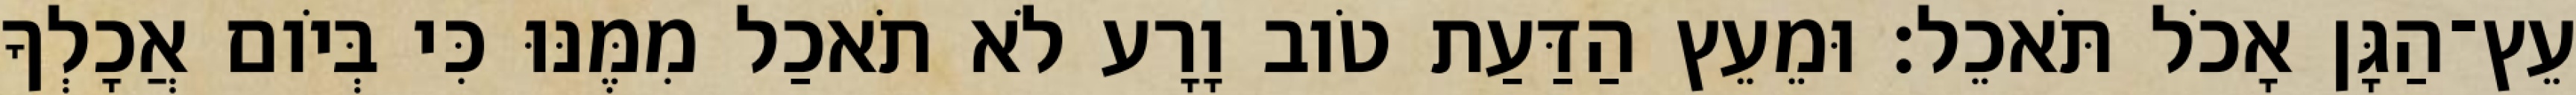
עֵץ־הַגָּן אָכֹל תֹּאכֵל׃ וּמֵעֵץ הַדַּעַת טֹוב וָרָע לֹא תֹאכַל מִמֶּנּוּ כִּי בְּיֹום אֲכָלְךָ